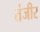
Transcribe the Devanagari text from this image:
तंजीर